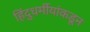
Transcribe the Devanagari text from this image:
हिंदुधर्मीयांकडून